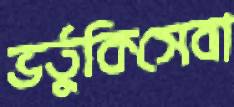
ভর্তুকিসেবা